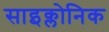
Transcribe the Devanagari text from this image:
साइक्लोनिक